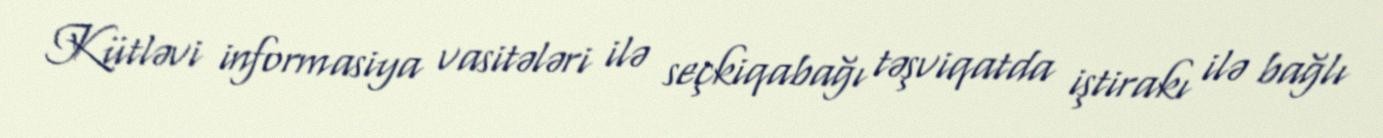
Kütləvi informasiya vasitələri ilə seçkiqabağı təşviqatda iştirakı ilə bağlı